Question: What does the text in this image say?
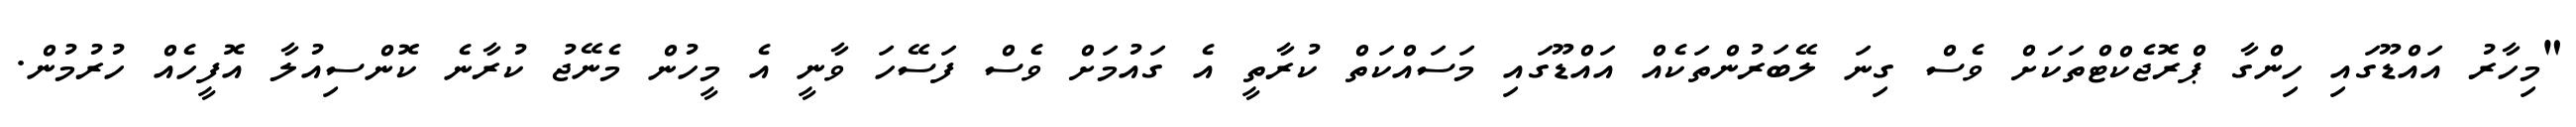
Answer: "މިހާރު އައްޑޫގައި ހިންގާ ޕްރޮޖެކްޓްތަކަށް ވެސް ގިނަ ލޭބަރުންތަކެއް އައްޑޫގައި މަސައްކަތް ކުރާތީ އެ ގައުމަށް ވެސް ފަސޭހަ ވާނީ އެ މީހުން މެނޭޖު ކުރާނެ ކޮންސިއުލާ އޮފީހެއް ހުރުމުން.